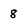
Character: 8